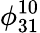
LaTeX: \phi_{31}^{10}